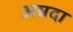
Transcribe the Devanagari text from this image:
अन्नदा